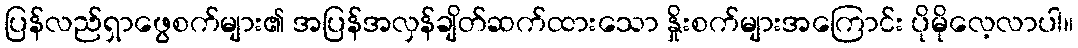
ပြန်လည်ရှာဖွေစက်များ၏ အပြန်အလှန်ချိတ်ဆက်ထားသော နှိုးစက်များအကြောင်း ပိုမိုလေ့လာပါ။